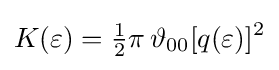
K(\varepsilon )={\tfrac {1}{2}}\pi \,\vartheta _{00}[q(\varepsilon )]^{2}